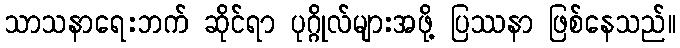
သာသနာရေးဘက် ဆိုင်ရာ ပုဂ္ဂိုလ်များအဖို့ ပြဿနာ ဖြစ်နေသည်။